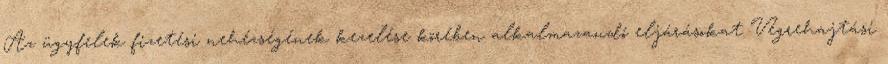
Az ügyfelek fizetési nehézségének kezelése körében alkalmazandó eljárásokat Végrehajtási